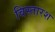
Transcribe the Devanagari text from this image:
विस्तारश